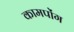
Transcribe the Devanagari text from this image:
कामपोंग